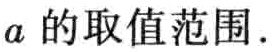
\(a\)的取值范围.